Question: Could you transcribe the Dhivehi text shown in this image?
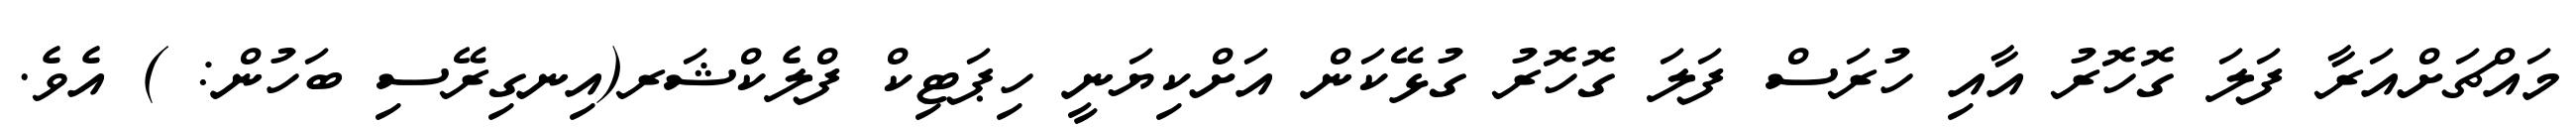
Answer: މައްޗަށްއަރާ ފަލަ ގޮހޮރު އާއި ހުރަސް ފަލަ ގޮހޮރު ގުޅޭކަން އަށްކިޔަނީ ހިޕަޓިކް ފްލެކްޝަރ(އިނގިރޭސި ބަހުން: ) އެވެ.